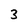
Character: 3